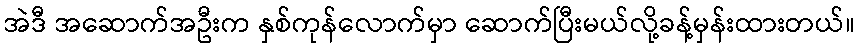
အဲဒီ အဆောက်အဦးက နှစ်ကုန်လောက်မှာ ဆောက်ပြီးမယ်လို့ခန့်မှန်းထားတယ်။